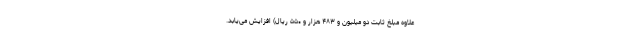
علاوه مبلغ ثابت دو میلیون و ۴۸۳ هزار و ۵۵۰ ریال) افزایش می‌یابد.